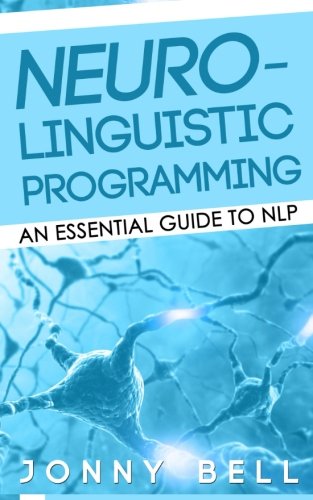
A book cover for Neuro-Linguistic Programming: An Essential Guide to NLP: A Personalized Guide to Reach Self-Fulfillment (Volume 1); Jonny Bell; Self-Help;